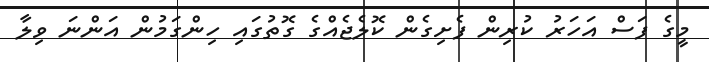
މީގެ ފަސް އަހަރު ކުރިން ފެށިގެން ކޮލެޖެއްގެ ގޮތުގައި ހިންގަމުން އަންނަ ވިލާ